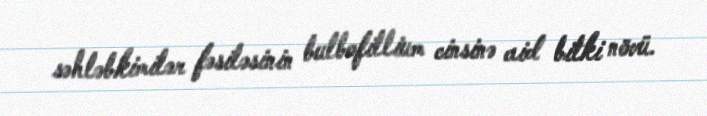
səhləbkimilər fəsiləsinin bulbofillium cinsinə aid bitki növü.